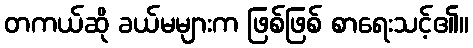
တကယ်ဆို ခယ်မများက ဖြစ်ဖြစ် စာရေးသင့်၏။